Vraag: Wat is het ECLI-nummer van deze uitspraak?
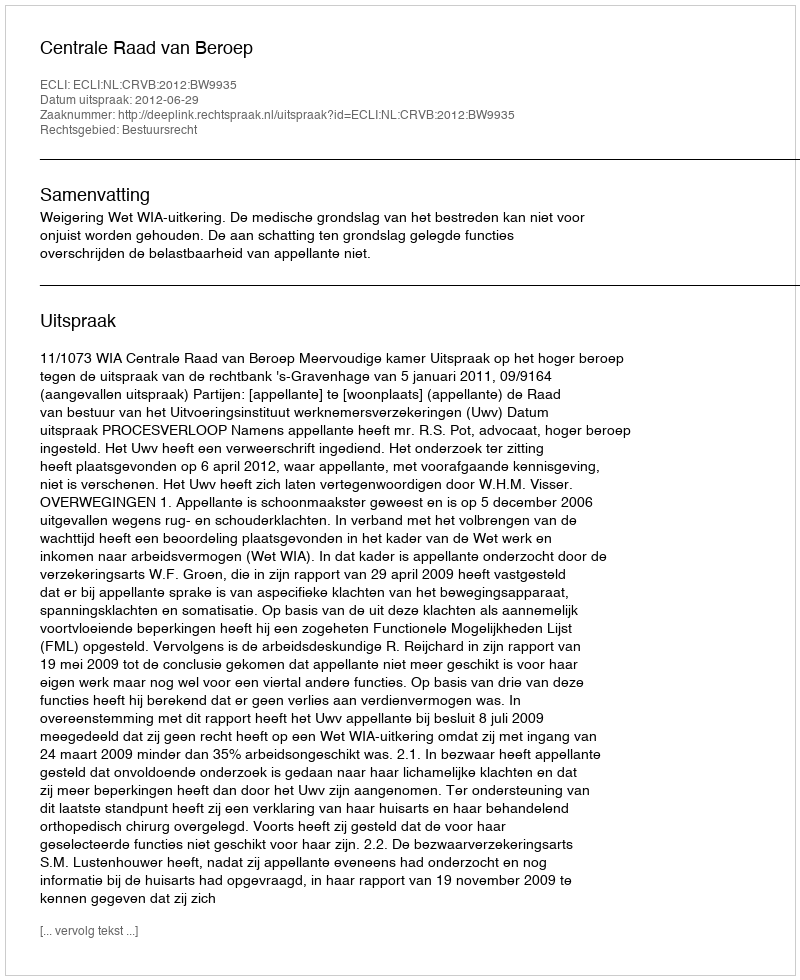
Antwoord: ECLI:NL:CRVB:2012:BW9935